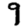
Digit: 9